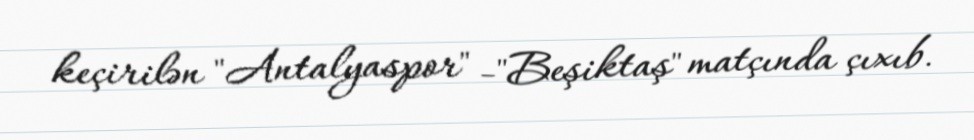
keçirilən "Antalyaspor" -"Beşiktaş" matçında çıxıb.